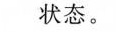
状态。